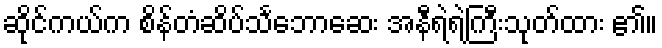
ဆိုင်ကယ်က စိန်တံဆိပ်သင်္ဘောဆေး အနီရဲရဲကြီးသုတ်ထား ၏။